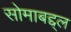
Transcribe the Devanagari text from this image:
सोमाबद्द्ल